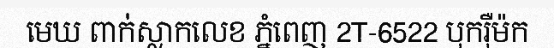
មេឃ ពាក់ស្លាកលេខ ភ្នំពេញ 2T-6522 បុករ៉ឺម៉ក